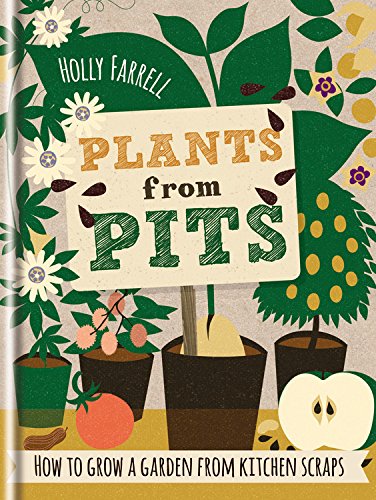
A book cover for Plants from Pits: Pots of plants for the whole family to enjoy; Holly Farrell; Crafts, Hobbies & Home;